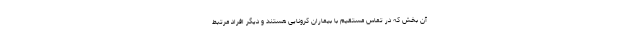
آن بخش که در تماس مستقیم با بیماران کرونایی هستند و دیگر افراد مرتبط